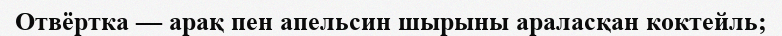
Отвёртка — арақ пен апельсин шырыны араласқан коктейль;